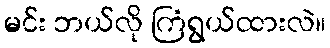
မင်း ဘယ်လို ကြံရွယ်ထားလဲ။